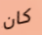
كان